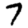
Digit: 7